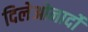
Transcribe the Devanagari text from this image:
दिलेओनार्दो